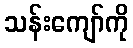
သန်းကျော်ကို